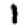
Digit: 1